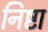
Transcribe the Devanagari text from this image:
निष्टा